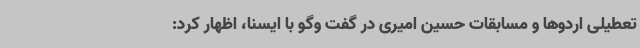
تعطیلی اردوها و مسابقات حسین امیری در گفت وگو با ایسنا، اظهار کرد: